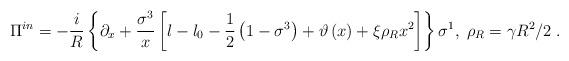
LaTeX: \begin{align*}\Pi ^{in}=-\frac{i}{R}\left\{ \partial _{x}+\frac{\sigma ^{3}}{x}\left[l-l_{0}-\frac{1}{2}\left( 1-\sigma ^{3}\right) +\vartheta \left( x\right)+\xi \rho _{R}x^{2}\right] \right\} \sigma ^{1},\;\rho _{R}=\gamma R^{2}/2\;.\end{align*}